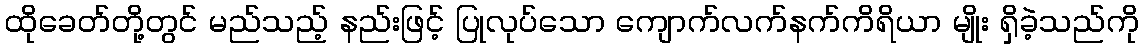
ထိုခေတ်တို့တွင် မည်သည့် နည်းဖြင့် ပြုလုပ်သော ကျောက်လက်နက်ကိရိယာ မျိုး ရှိခဲ့သည်ကို